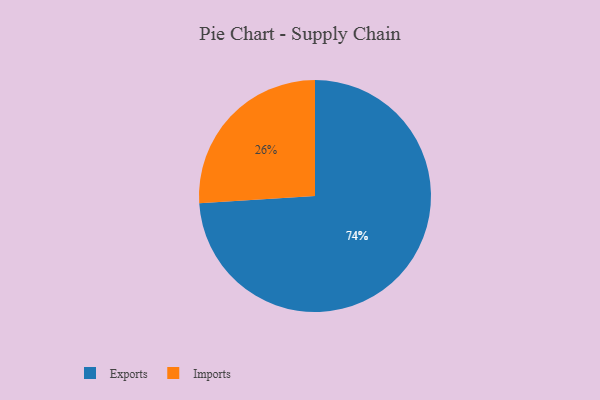
{"axis": {"x": "Category", "y": "Percentage"}, "legend": ["Exports", "Imports"], "data": [{"x": "Imports", "y": 26, "type": "Imports"}, {"x": "Exports", "y": 74, "type": "Exports"}]}